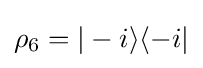
\rho _{6}=|-i\rangle \langle -i|